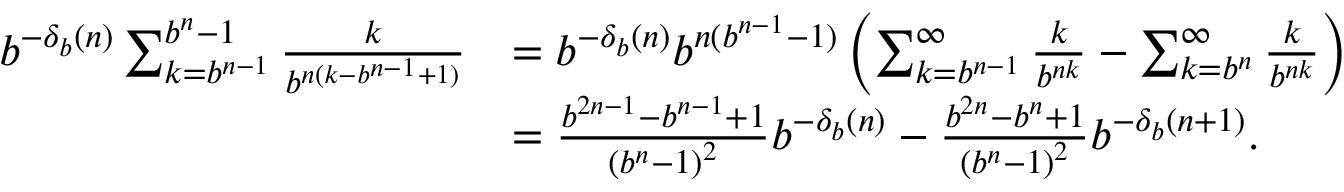
{ \begin{array} { r l } { b ^ { - \delta _ { b } ( n ) } \sum _ { k = b ^ { n - 1 } } ^ { b ^ { n } - 1 } { \frac { k } { b ^ { n ( k - b ^ { n - 1 } + 1 ) } } } } & { = b ^ { - \delta _ { b } ( n ) } b ^ { n ( b ^ { n - 1 } - 1 ) } \left( \sum _ { k = b ^ { n - 1 } } ^ { \infty } { \frac { k } { b ^ { n k } } } - \sum _ { k = b ^ { n } } ^ { \infty } { \frac { k } { b ^ { n k } } } \right) } \\ & { = { \frac { b ^ { 2 n - 1 } - b ^ { n - 1 } + 1 } { \left( b ^ { n } - 1 \right) ^ { 2 } } } b ^ { - \delta _ { b } ( n ) } - { \frac { b ^ { 2 n } - b ^ { n } + 1 } { \left( b ^ { n } - 1 \right) ^ { 2 } } } b ^ { - \delta _ { b } ( n + 1 ) } . } \end{array} }